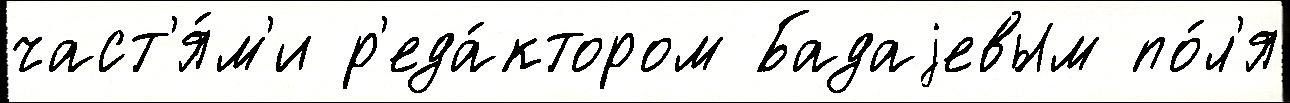
част'я́м'и р'еда́ктором Бадаjевым по́л'я